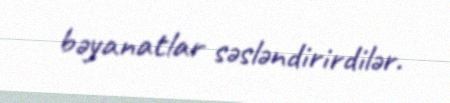
bəyanatlar səsləndirirdilər.